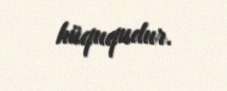
hüququdur.